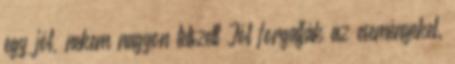
egy jót, nekem nagyon tetszett Jól forgatják az eseményeket.